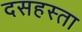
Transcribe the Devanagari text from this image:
दसहस्ता